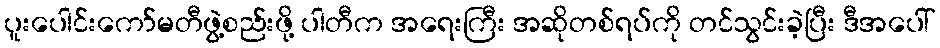
ပူးပေါင်းကော်မတီဖွဲ့စည်းဖို့ ပါတီက အရေးကြီး အဆိုတစ်ရပ်ကို တင်သွင်းခဲ့ပြီး ဒီအပေါ်